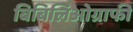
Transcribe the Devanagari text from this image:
बिबिलिओग्राफी